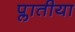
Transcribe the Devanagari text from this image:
प्लातीया